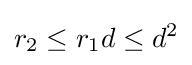
r_{2}\leq r_{1}d\leq d^{2}